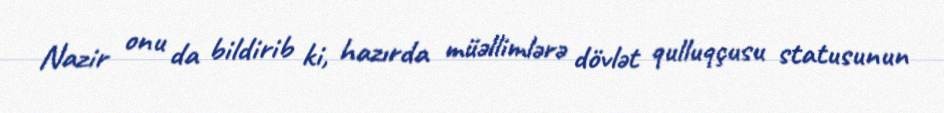
Nazir onu da bildirib ki, hazırda müəllimlərə dövlət qulluqçusu statusunun